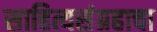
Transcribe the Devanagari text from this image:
साहित्यसंग्रहाचा